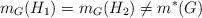
LaTeX: \begin{align*}m_G(H_1)=m_G(H_2)\neq m^*(G)\end{align*}